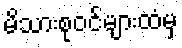
မိသားစုဝင်များထံမှ